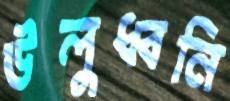
উলুধ্বনি